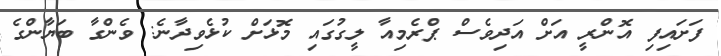
ފަށައިފި އޮންރީ އަށް އަދިވެސް ޕްރެމިއާ ލީގުގައި މޮޅަށް ކުޅެވިދާނެ: ވެންގާ ބަޔާންގެ